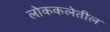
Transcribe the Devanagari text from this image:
लोककलेतील